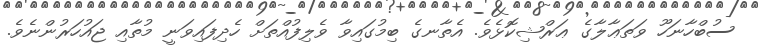
ސުބްހާނަހޫ ވަތަޢާލާގެ ޢަރްޝިކޮޅެވެ. އެތާނގެ ބިމުގައިވާ ވެލިފުއްތަށް ހެދިފައިވަނީ މުތާއި ޖައުހަރުންނެވެ.